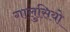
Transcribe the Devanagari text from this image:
गालुसियो